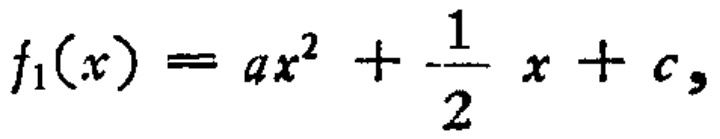
\[f_{1}(x)=ax^{2}+\frac{1}{2}x + c,\]